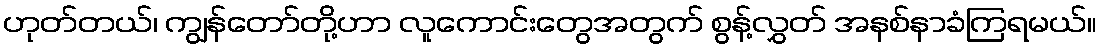
ဟုတ်တယ်၊ ကျွန်တော်တို့ဟာ လူကောင်းတွေအတွက် စွန့်လွှတ် အနစ်နာခံကြရမယ်။